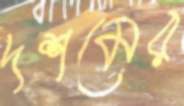
দশমের